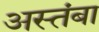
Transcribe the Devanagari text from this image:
अस्तंबा